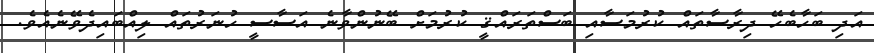
އަދި ބަހާބެހޭ ދިރާސާތައް ކުރުމަސާއި ބަސްތަރައްޤީ ކުރުމަށް ބޭނުންވާނެ އަސާސީ ހުނަރުތައް ލިއްބައިދެވޭނެއެވެ.